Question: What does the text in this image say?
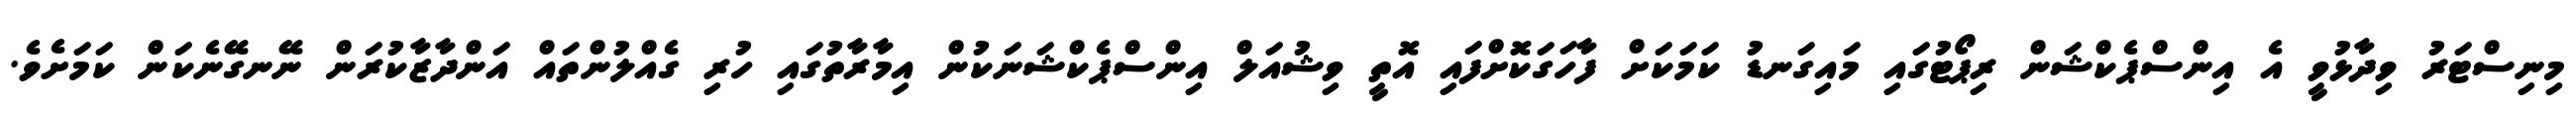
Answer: މިނިސްޓަރު ވިދާޅުވީ އެ އިންސްޕެކްޝަން ރިޕޯޓުގައި މައިގަނޑު ކަމަކަށް ފާހަގަކޮށްފައި އޮތީ ވިޝުއަލް އިންސްޕެކްޝަނަކުން އިމާރާތުގައި ހުރި ގެއްލުންތައް އަންދާޒާކުރަން ނޭނގޭނެކަން ކަމަށެވެ.